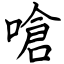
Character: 嗆